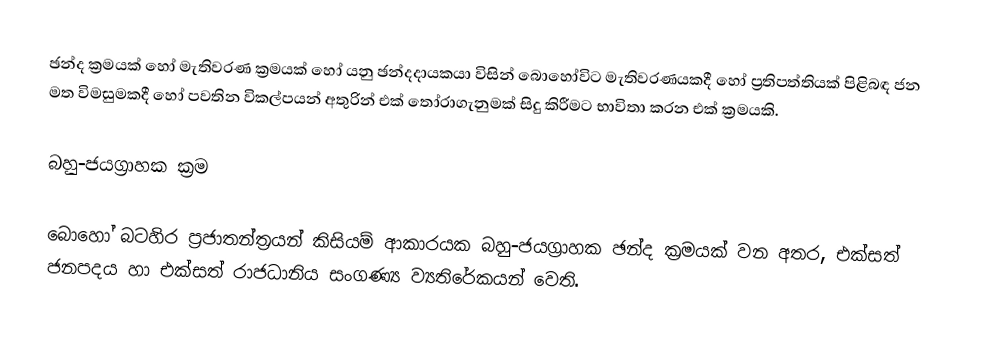
ඡන්ද ක්‍රමයක් හෝ මැතිවරණ ක්‍රමයක් හෝ යනු ඡන්දදායකයා  විසින් බොහෝවිට මැතිවරණයකදී හෝ ප්‍රතිපත්තියක් පිළිබඳ ජන මත විමසුමකදී හෝ පවතින විකල්පයන් අතුරින් එක් තෝරාගැනුමක් සිදු කිරීමට භාවිතා කරන එක් ක්‍රමයකි.

බහු-ජයග්‍රාහක ක්‍රම

බොහෝ බටහිර ප්‍රජාතන්ත්‍රයන් කිසියම් ආකාරයක බහු-ජයග්‍රාහක ඡන්ද ක්‍රමයක් වන අතර, එක්සත් ජනපදය හා එක්සත් රාජධානිය සංගණ්‍ය ව්‍යතිරේකයන් වෙති.